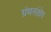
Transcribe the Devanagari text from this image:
ग्रंथसंक्षेप